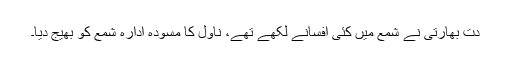
دت بھارتی نے شمع میں کئی افسانے لکھے تھے، ناول کا مسودہ ادارہ شمع کو بھیج دیا۔